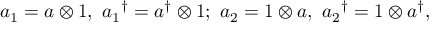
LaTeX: a _ { 1 } = a \otimes 1 , \ { a _ { 1 } } ^ { \dagger } = a ^ { \dagger } \otimes 1 ; \ a _ { 2 } = 1 \otimes a , \ { a _ { 2 } } ^ { \dagger } = 1 \otimes a ^ { \dagger } ,